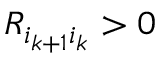
R _ { i _ { k + 1 } i _ { k } } > 0